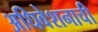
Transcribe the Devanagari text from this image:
अधिवेशनाची